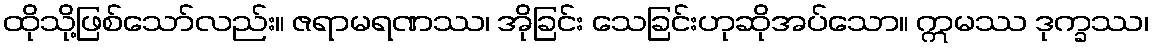
ထိုသို့ဖြစ်သော်လည်း။ ဇရာမရဏဿ၊ အိုခြင်း သေခြင်းဟုဆိုအပ်သော။ ဣမဿ ဒုက္ခဿ၊